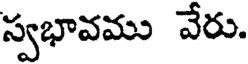
స్వభావము వేరు.